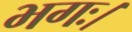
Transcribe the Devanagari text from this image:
भगः।